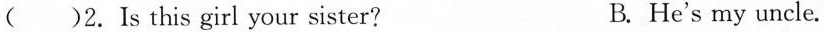
( )2. Is this girl your sister? B. He's my uncle.